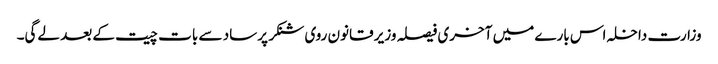
وزارت داخلہ اس بارے میں آخری فیصلہ وزیر قانون روی شنکر پرساد سے بات چیت کے بعد لے‌گی۔